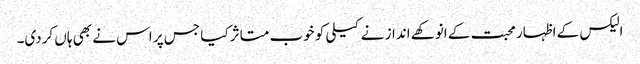
الیکس کے اظہار محبت کے انوکھے انداز نے کیلی کو خوب متاثر کیا جس پر اس نے بھی ہاں کردی۔